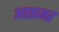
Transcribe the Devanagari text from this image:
आताजर